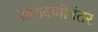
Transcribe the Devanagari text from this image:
साठवणीनंतर